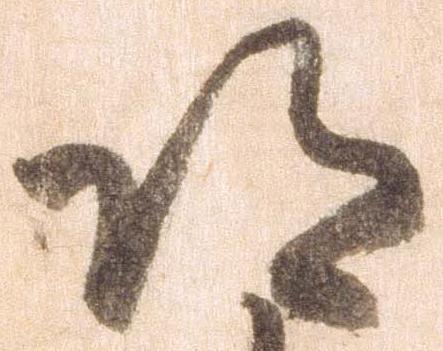
得